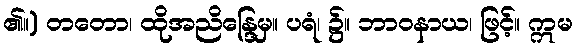
၏။) တတော၊ ထိုအညိန္ဒြေမှ။ ပရံ၊ ၌။ ဘာဝနာယ၊ ဖြင့်။ ဣမ